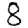
Digit: 8